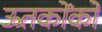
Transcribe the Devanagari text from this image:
ऊतकोंको